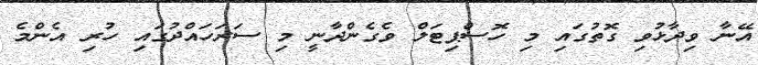
އޭނާ ވިދާޅުވި ގޮތުގައި މި ހޮސްޕިޓަލް ވެގެންދާނީ މި ސަރަހައްދުގައި ހުރި އެންމެ